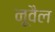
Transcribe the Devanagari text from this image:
नूवैल